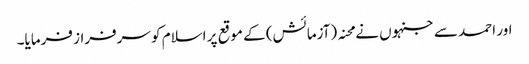
اور احمد سے جنہوں نے محنہ (آزمائش) کے موقع پر اسلام کو سرفراز فرمایا۔